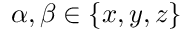
\alpha , \beta \in \{ x , y , z \}